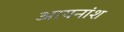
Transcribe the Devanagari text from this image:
आयनांश